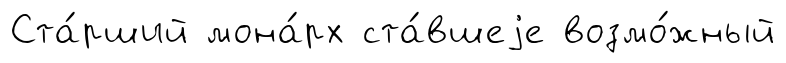
Ста́рший мона́рх ста́вшеjе возмо́жный